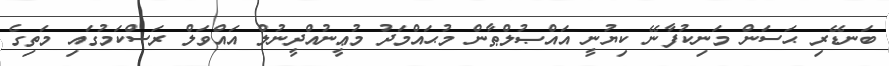
ބަނޑޭރި ޙަސަން މަނިކުފާނޭ ކިޔުނީ އައްޞުލްޠާން މުޙައްމަދު މުޢީނުއްދީނުލް އައްވަލް ރަސްކަމުގައި މަތިގެ